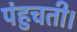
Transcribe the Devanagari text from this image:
पंहुचती।